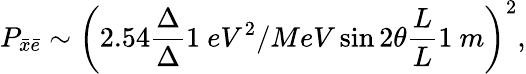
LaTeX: P_{\bar{x}\bar{e}}\sim\left(2.54\frac{\Delta}{\Delta}{1~eV^{2}/MeV}\sin 2\theta\frac{L}{L}{1~m}\right)^{2},